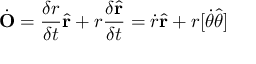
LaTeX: { \dot { \mathbf { O } } } = { \frac { \delta r } { \delta t } } { \hat { \mathbf { r } } } + r { \frac { \delta { \hat { \mathbf { r } } } } { \delta t } } = { \dot { r } } { \hat { \mathbf { r } } } + r [ { \dot { \theta } } { \hat { \boldsymbol { \theta } } } ]